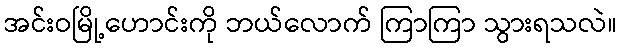
အင်းဝမြို့ဟောင်းကို ဘယ်လောက် ကြာကြာ သွားရသလဲ။